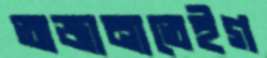
অজানাতেইগ